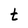
Character: t